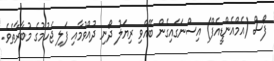
ފޯސް (އެމްއެންޑީއެފް) އިސްނަގައިގެން ބޭއްވި ރިޔަލު ދޯނި ދުއްވުމާއި ފަލި ޖެހުމުގެ މުބާރާތެވެ.